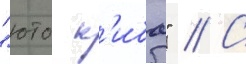
"юто к'иба" // С